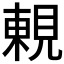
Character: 𧡍